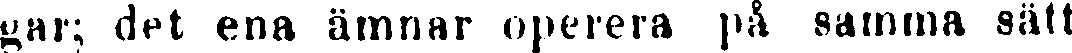
gar; det ena ämnar operera på samma sätt